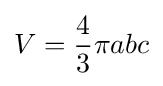
V={\frac {4}{3}}\pi abc